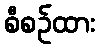
စီစဉ်ထား